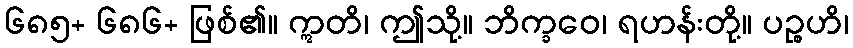
၆၈၅+ ၆၈၆+ ဖြစ်၏။ ဣတိ၊ ဤသို့။ ဘိက္ခဝေ၊ ရဟန်းတို့။ ပဉ္စဟိ၊